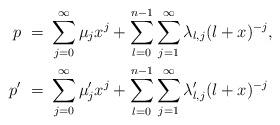
LaTeX: \begin{align*} p \ = \ & \sum_{j =0}^{\infty} \mu_j x^j + \sum_{l=0}^{n-1} \sum_{j=1}^{\infty} \lambda_{l, j} (l+x)^{-j}, \\ p' \ = \ & \sum_{j =0}^{\infty} \mu'_j x^j + \sum_{l=0}^{n-1} \sum_{j=1}^{\infty} \lambda'_{l,j} (l+x)^{-j} \end{align*}